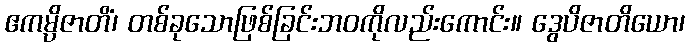
ဧကမ္ပိဇာတိံ၊ တစ်ခုသောဖြစ်ခြင်းဘဝကိုလည်းကောင်း။ ဒွေပိဇာတိယော၊